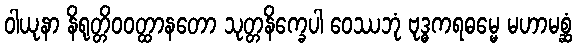
ဝါယုနာ နိရုတ္တိဝဝတ္ထာနတော သုတ္တနိက္ခေပါ ဝေဿဘုံ ဗုဒ္ဓကရဓမ္မေ မဟာမစ္ဆံ